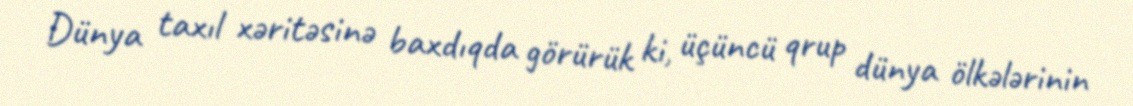
Dünya taxıl xəritəsinə baxdıqda görürük ki, üçüncü qrup dünya ölkələrinin